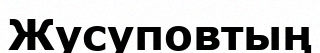
Жусуповтың